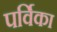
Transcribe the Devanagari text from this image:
पर्विका